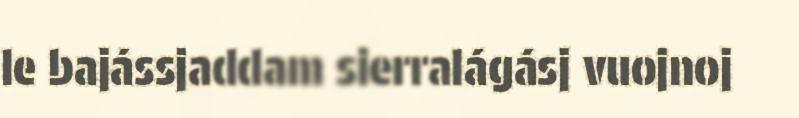
le bajássjaddam sierralágásj vuojnoj